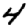
Digit: 4